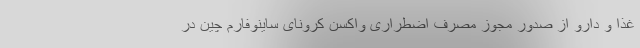
غذا و دارو از صدور مجوز مصرف اضطراری واکسن کرونای ساینوفارم چین در